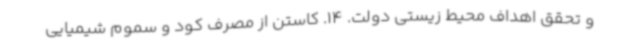
و تحقق اهداف محیط زیستی دولت. 14. کاستن از مصرف کود و سموم شیمیایی